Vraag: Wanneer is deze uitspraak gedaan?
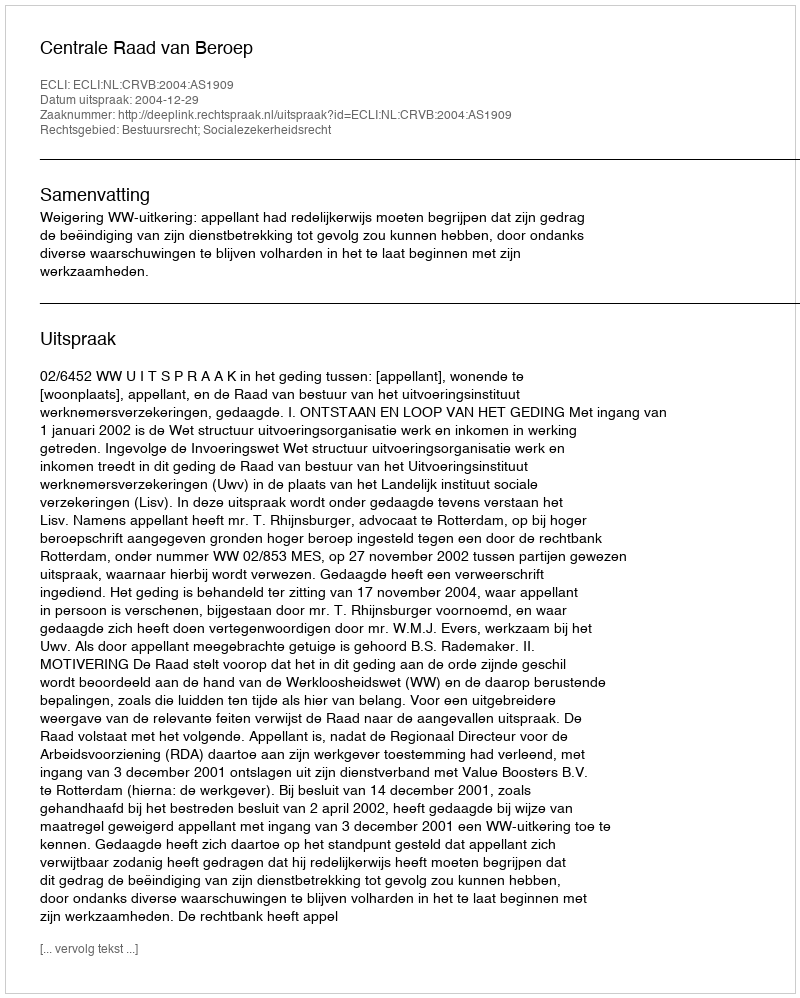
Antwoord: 2004-12-29